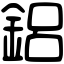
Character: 鋁